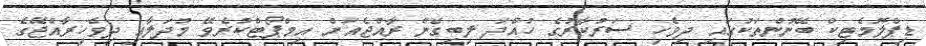
ޑިޕްލޮމެޓިކް ބޭނުންތަކުގައި ދިވެހި ސަރުކާރުގެ ހުއްދަ ލިބިގެން ރާއްޖެއަށް އިމްޕޯޓްކުރެވޭ މުދަލާއި ދިވެހިރާއްޖޭގެ